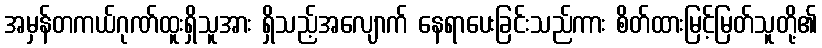
အမှန်တကယ်ဂုဏ်ထူးရှိသူအား ရှိသည့်အလျောက် နေရာပေးခြင်းသည်ကား စိတ်ထားမြင့်မြတ်သူတို့၏